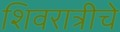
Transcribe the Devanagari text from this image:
शिवरात्रीचे